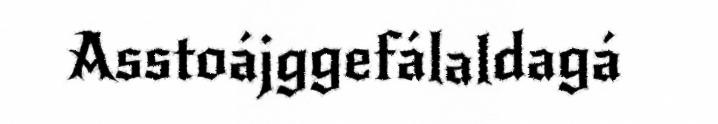
Asstoájggefálaldagá